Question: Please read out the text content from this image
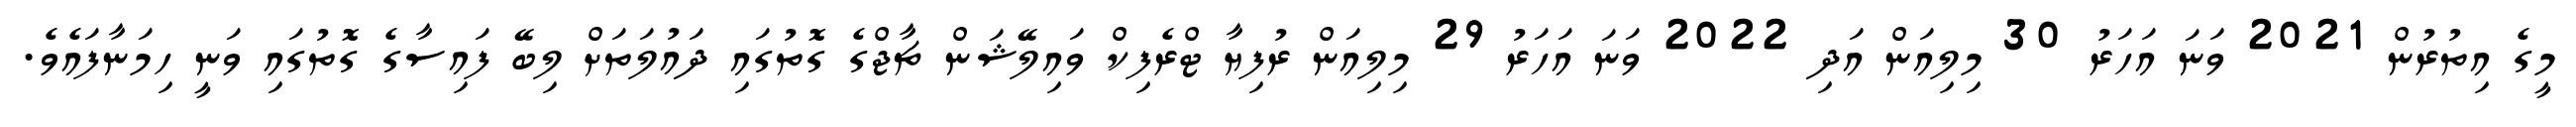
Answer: މީގެ އިތުރުން 2021 ވަނަ އަހަރު 30 މިލިއަން އަދި 2022 ވަނަ އަހަރު 29 މިލިއަން ރުފިޔާ ޓްރެފިކް ވައިލޭޝަން ޗާޖްގެ ގޮތުގައި ދައުލަތަށް ލިބޭ ފައިސާގެ ގޮތުގައި ވަނީ ހިމަނާފައެވެ.